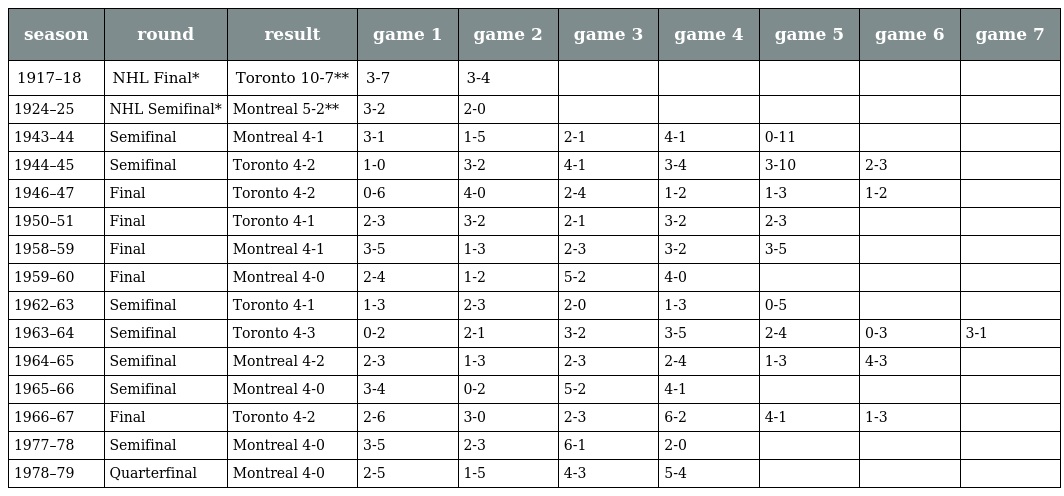
| season | round | result | game 1 | game 2 | game 3 | game 4 | game 5 | game 6 | game 7 |
 | --- | --- | --- | --- | --- | --- | --- | --- | --- | --- |
 | 1917–18 | NHL Final* | Toronto 10-7** | 3-7 | 3-4 |  |  |  |  |  |
 | 1924–25 | NHL Semifinal* | Montreal 5-2** | 3-2 | 2-0 |  |  |  |  |  |
 | 1943–44 | Semifinal | Montreal 4-1 | 3-1 | 1-5 | 2-1 | 4-1 | 0-11 |  |  |
 | 1944–45 | Semifinal | Toronto 4-2 | 1-0 | 3-2 | 4-1 | 3-4 | 3-10 | 2-3 |  |
 | 1946–47 | Final | Toronto 4-2 | 0-6 | 4-0 | 2-4 | 1-2 | 1-3 | 1-2 |  |
 | 1950–51 | Final | Toronto 4-1 | 2-3 | 3-2 | 2-1 | 3-2 | 2-3 |  |  |
 | 1958–59 | Final | Montreal 4-1 | 3-5 | 1-3 | 2-3 | 3-2 | 3-5 |  |  |
 | 1959–60 | Final | Montreal 4-0 | 2-4 | 1-2 | 5-2 | 4-0 |  |  |  |
 | 1962–63 | Semifinal | Toronto 4-1 | 1-3 | 2-3 | 2-0 | 1-3 | 0-5 |  |  |
 | 1963–64 | Semifinal | Toronto 4-3 | 0-2 | 2-1 | 3-2 | 3-5 | 2-4 | 0-3 | 3-1 |
 | 1964–65 | Semifinal | Montreal 4-2 | 2-3 | 1-3 | 2-3 | 2-4 | 1-3 | 4-3 |  |
 | 1965–66 | Semifinal | Montreal 4-0 | 3-4 | 0-2 | 5-2 | 4-1 |  |  |  |
 | 1966–67 | Final | Toronto 4-2 | 2-6 | 3-0 | 2-3 | 6-2 | 4-1 | 1-3 |  |
 | 1977–78 | Semifinal | Montreal 4-0 | 3-5 | 2-3 | 6-1 | 2-0 |  |  |  |
 | 1978–79 | Quarterfinal | Montreal 4-0 | 2-5 | 1-5 | 4-3 | 5-4 |  |  |  |